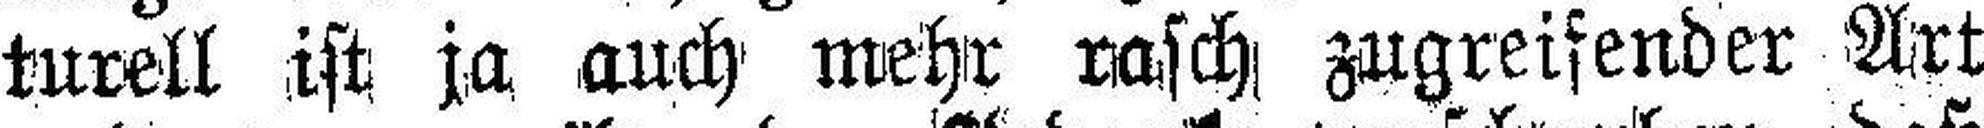
turell ist ja auch mehr rasch zugreifender Art